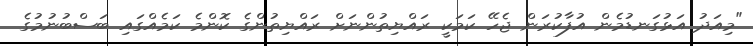
"މިއަދު އަޅުގަނޑުމެން އުފާކުރަން ޖެހޭ ކަމަކީ ރައްޔިތުންނަށް ރައްޔިތުންގެ ކޮންމެ ކަމެއްގައި ބަސްބުނުމުގެ